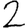
Digit: 2